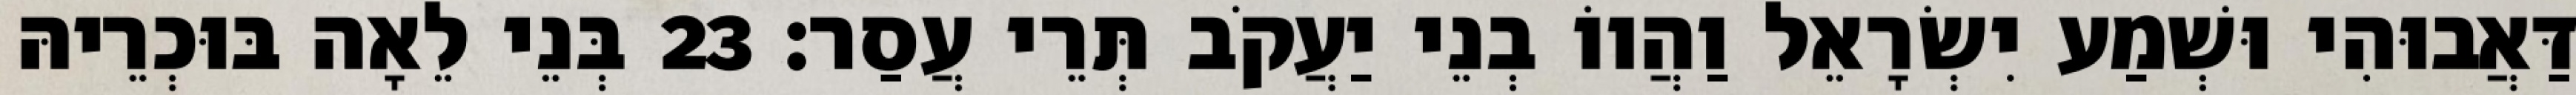
דַּאֲבוּהִי וּשְׁמַע יִשְׂרָאֵל וַהֲווֹ בְנֵי יַעֲקֹב תְּרֵי עֲסַר׃ 23 בְּנֵי לֵאָה בּוּכְרֵיהּ